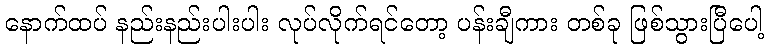
နောက်ထပ် နည်းနည်းပါးပါး လုပ်လိုက်ရင်တော့ ပန်းချီကား တစ်ခု ဖြစ်သွားပြီပေါ့